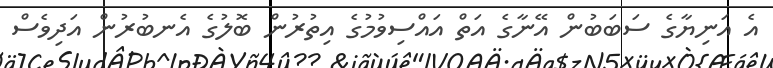
އެ އަނިޔާގެ ސަބަބުން އޭނާގެ އަތް އައްސިވުމުގެ އިތުރުން ބޮލުގެ އެނބުރުން އަދިވެސް